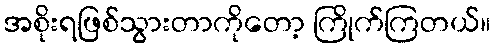
အစိုးရဖြစ်သွားတာကိုတော့ ကြိုက်ကြတယ်။